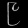
Digit: ၉